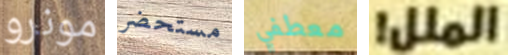
مونرو مستحضر معطفي الملل!